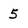
Character: 5